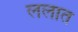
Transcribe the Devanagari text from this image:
ललात